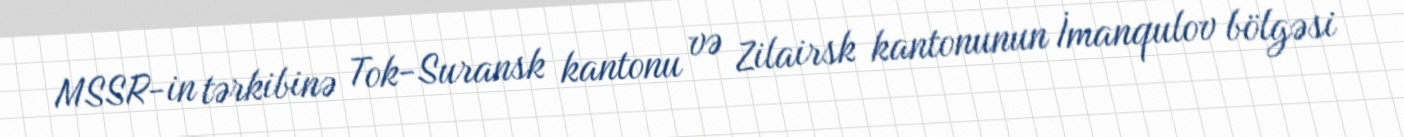
MSSR-in tərkibinə Tok-Suransk kantonu və Zilairsk kantonunun İmanqulov bölgəsi